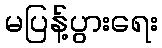
မပြန့်ပွားရေး